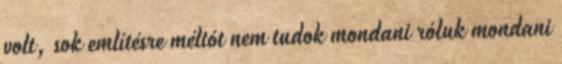
volt, sok említésre méltót nem tudok mondani róluk mondani